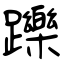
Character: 躒